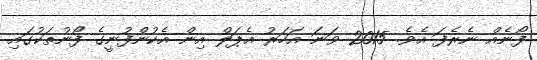
ފޯނެއް ނެރެފަ އެވެ. 2015 ވަނަ އަހަރު އެޕަލް އިން އެކުންފުނީގެ ފޯނުތަކުގައި